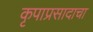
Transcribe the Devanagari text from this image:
कृपाप्रसादाचा